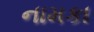
નામકા